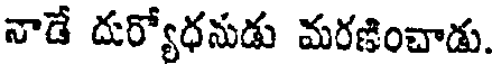
నాడే దుర్యోధనుడు మరణించాడు.